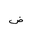
Letter: _dad